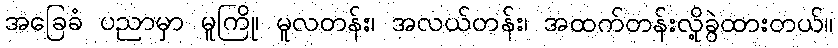
အခြေခံ ပညာမှာ မူကြို၊ မူလတန်း၊ အလယ်တန်း၊ အထက်တန်းလို့ခွဲထားတယ်။